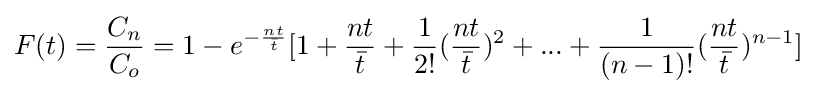
F(t)={\frac {C_{n}}{C_{o}}}=1-e^{-{\frac {nt}{\bar {t}}}}[1+{\frac {nt}{\bar {t}}}+{\frac {1}{2!}}({\frac {nt}{\bar {t}}})^{2}+...+{\frac {1}{(n-1)!}}({\frac {nt}{\bar {t}}})^{n-1}]